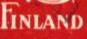
FINLAND